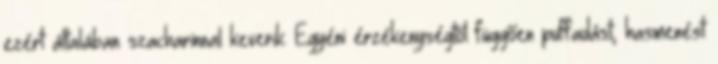
ezért általában szacharinnal keverik. Egyéni érzékenységtől függően puffadást, hasmenést